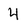
Character: 4